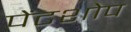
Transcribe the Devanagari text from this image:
पेंटशोप